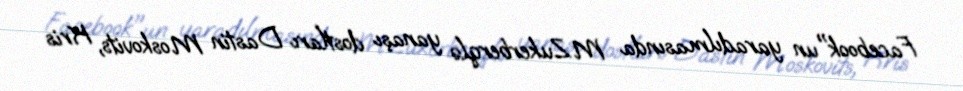
Facebook"un yaradılmasında M.Zukerberqlə yanaşı dostları Dastin Moskovits, Kris